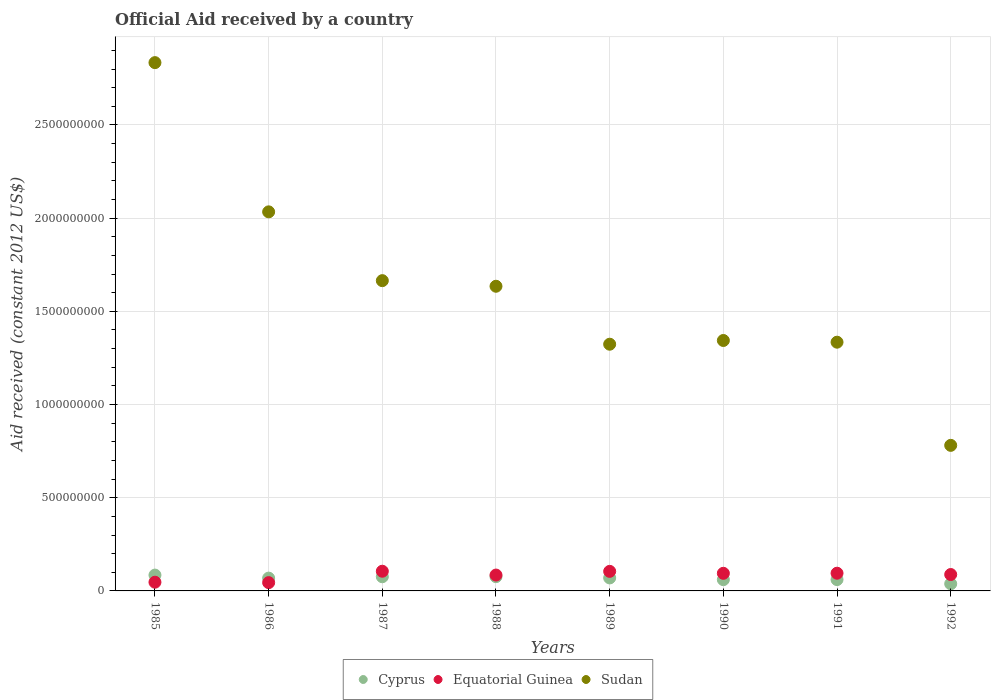
| Years | Cyprus | Equatorial Guinea | Sudan |
 | --- | --- | --- | --- |
 | 1985 | 8.49e+07 | 4.67e+07 | 2.83e+09 |
 | 1986 | 6.87e+07 | 4.45e+07 | 2.03e+09 |
 | 1987 | 7.61e+07 | 1.06e+08 | 1.66e+09 |
 | 1988 | 7.65e+07 | 8.51e+07 | 1.63e+09 |
 | 1989 | 6.97e+07 | 1.05e+08 | 1.32e+09 |
 | 1990 | 6.04e+07 | 9.45e+07 | 1.34e+09 |
 | 1991 | 6.07e+07 | 9.5e+07 | 1.33e+09 |
 | 1992 | 3.83e+07 | 8.8e+07 | 7.81e+08 |